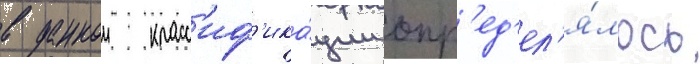
в даннои класс'иф'ика́ции опр'ед'ел'я́лось